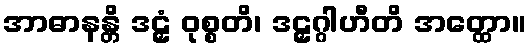
အာဓာနန္တိ ဒဠှံ ဝုစ္စတိ၊ ဒဠှဂ္ဂါဟီတိ အတ္ထော။